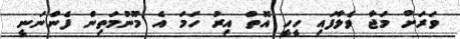
ވަރަށް މަޖާ ވެލާފައި ހީހީ އޮތް އިރު ހަމަ އެ މޫނުމަތިން ފެންނަނީ